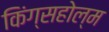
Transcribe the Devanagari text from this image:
किंग्सहोल्म